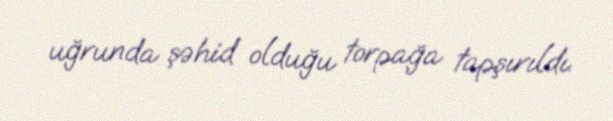
uğrunda şəhid olduğu torpağa tapşırıldı.